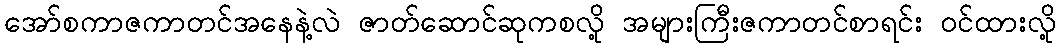
အော်စကာဇကာတင်အနေနဲ့လဲ ဇာတ်ဆောင်ဆုကစလို့ အများကြီးဇကာတင်စာရင်း ဝင်ထားလို့